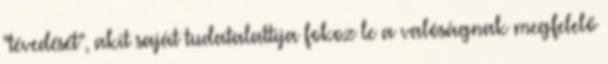
"tévedését", akit saját tudatalattija fokoz le a valóságnak megfelelő